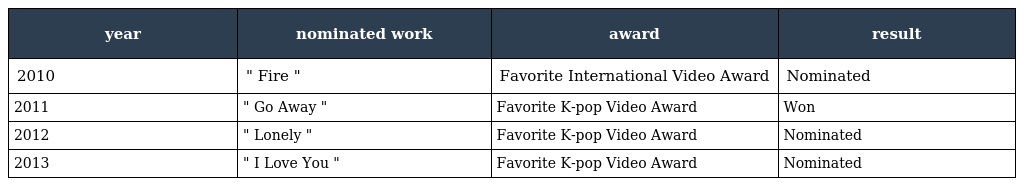
| year | nominated work | award | result |
 | --- | --- | --- | --- |
 | 2010 | " Fire " | Favorite International Video Award | Nominated |
 | 2011 | " Go Away " | Favorite K-pop Video Award | Won |
 | 2012 | " Lonely " | Favorite K-pop Video Award | Nominated |
 | 2013 | " I Love You " | Favorite K-pop Video Award | Nominated |